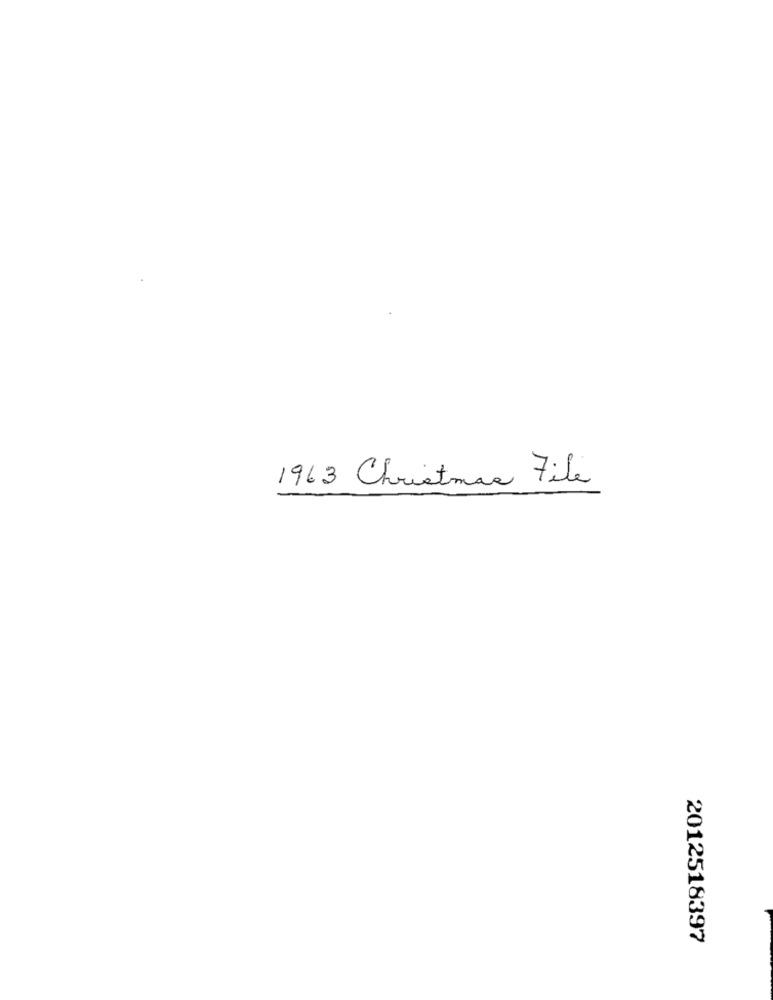
1963 Christmas File
2012518397